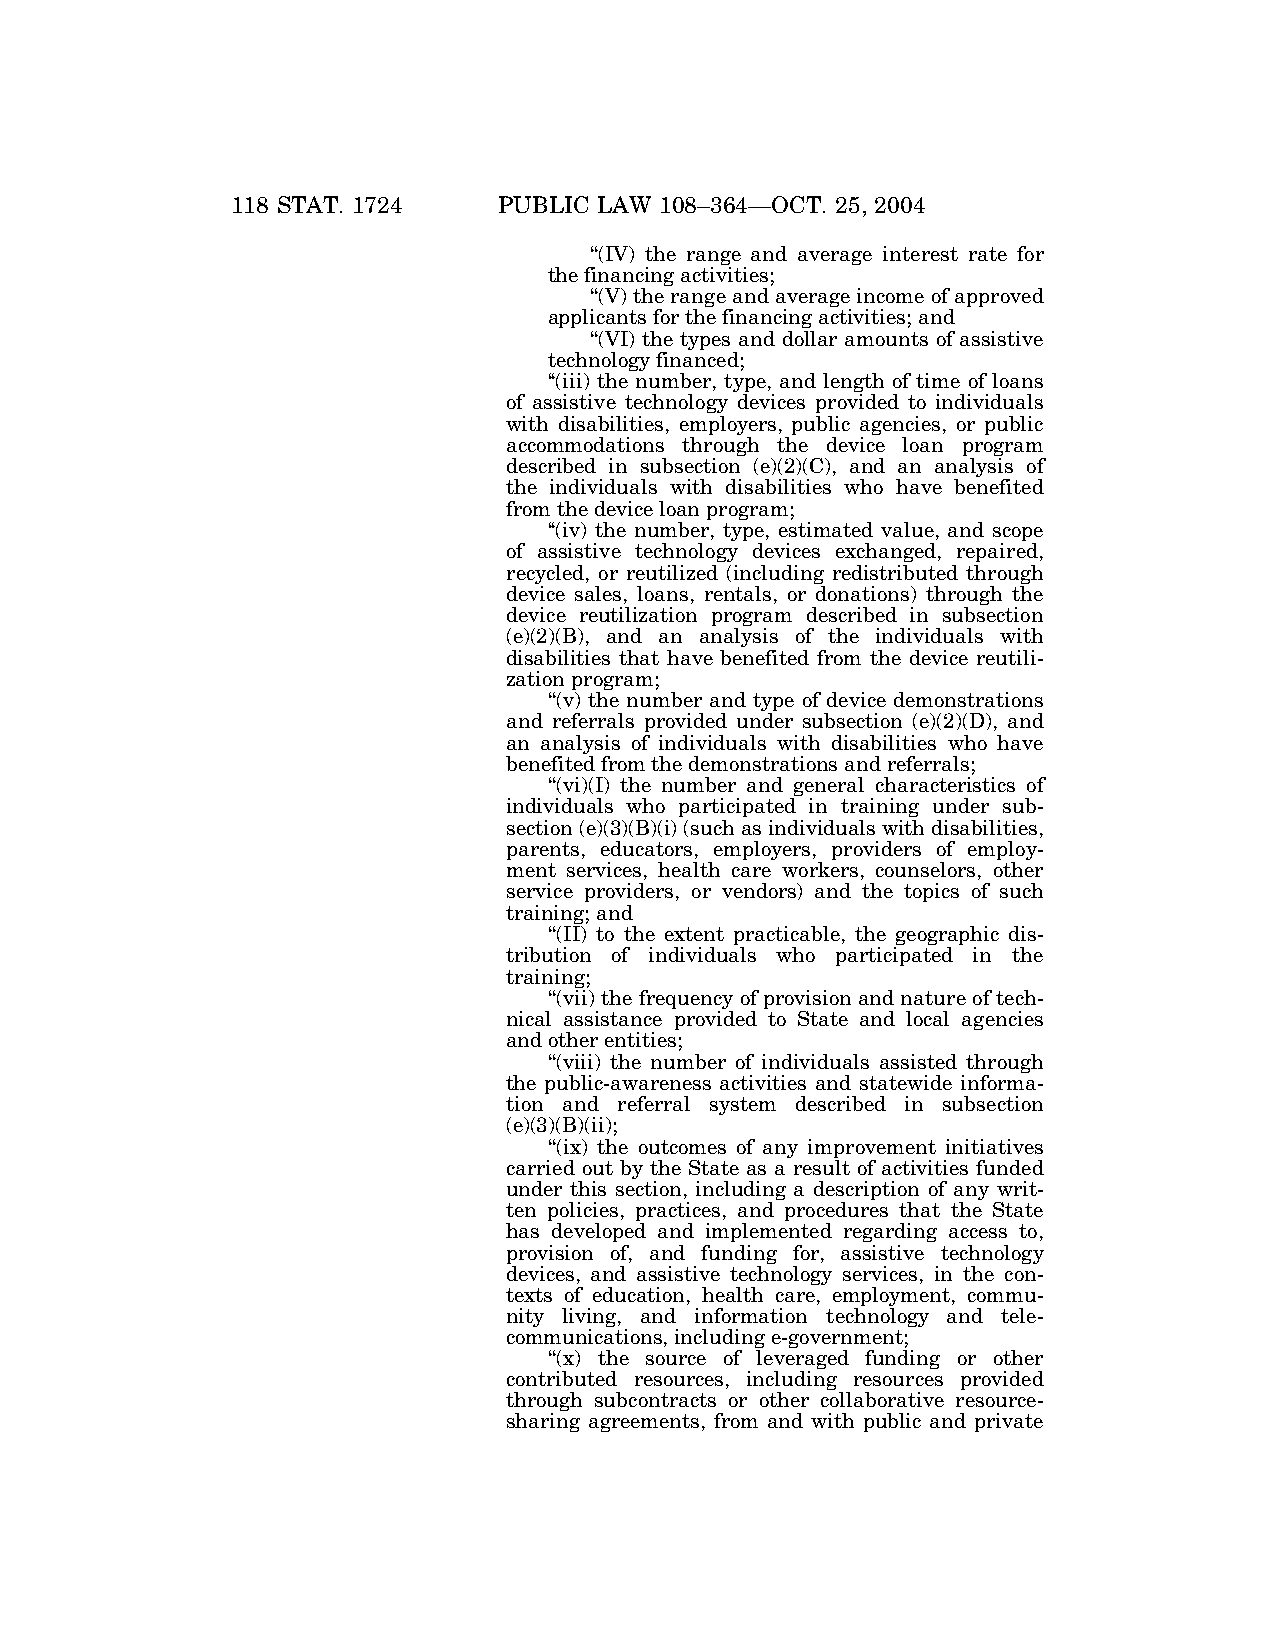
118 STAT. 1724    PUBLIC LAW 108–364—OCT. 25, 2004
 ‘‘(IV) the range and average interest rate for
 the financing activities;
 ‘‘(V) the range and average income of approved
 applicants for the financing activities; and
 ‘‘(VI) the types and dollar amounts of assistive
 technology financed;
 ‘‘(iii) the number, type, and length of time of loans
 of assistive technology devices provided to individuals
 with disabilities, employers, public agencies, or public
 accommodations through the device loan program
 described in subsection (e)(2)(C), and an analysis of
 the individuals with disabilities who have benefited
 from the device loan program;
 ‘‘(iv) the number, type, estimated value, and scope
 of assistive technology devices exchanged, repaired,
 recycled, or reutilized (including redistributed through
 device sales, loans, rentals, or donations) through the
 device reutilization program described in subsection
 (e)(2)(B), and an analysis of the individuals with
 disabilities that have benefited from the device reutili-
 zation program;
 ‘‘(v) the number and type of device demonstrations
 and referrals provided under subsection (e)(2)(D), and
 an analysis of individuals with disabilities who have
 benefited from the demonstrations and referrals;
 ‘‘(vi)(I) the number and general characteristics of
 individuals who participated in training under sub-
 section (e)(3)(B)(i) (such as individuals with disabilities,
 parents, educators, employers, providers of employ-
 ment services, health care workers, counselors, other
 service providers, or vendors) and the topics of such
 training; and
 ‘‘(II) to the extent practicable, the geographic dis-
 tribution of individuals who participated in the
 training;
 ‘‘(vii) the frequency of provision and nature of tech-
 nical assistance provided to State and local agencies
 and other entities;
 ‘‘(viii) the number of individuals assisted through
 the public-awareness activities and statewide informa-
 tion and referral system described in subsection
 (e)(3)(B)(ii);
 ‘‘(ix) the outcomes of any improvement initiatives
 carried out by the State as a result of activities funded
 under this section, including a description of any writ-
 ten policies, practices, and procedures that the State
 has developed and implemented regarding access to,
 provision of, and funding for, assistive technology
 devices, and assistive technology services, in the con-
 texts of education, health care, employment, commu-
 nity living, and information technology and tele-
 communications, including e-government;
 ‘‘(x) the source of leveraged funding or other
 contributed resources, including resources provided
 through subcontracts or other collaborative resource-
 sharing agreements, from and with public and private
 VerDate 11-MAY-2000 06:49 Nov 06, 2004 Jkt 039139 PO 00364 Frm 00018 Fmt 6580 Sfmt 6581 E:\PUBLAW\PUBL364.108 BILLW PsN: PUBL364